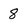
Character: 8